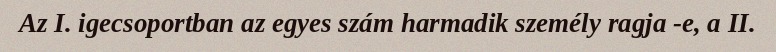
Az I. igecsoportban az egyes szám harmadik személy ragja -e, a II.